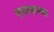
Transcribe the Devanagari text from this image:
पानासारखा